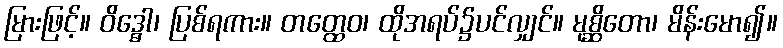
မြားဖြင့်။ ဝိဒ္ဓေါ၊ ပြစ်ရကား။ တတ္ထေဝ၊ ထိုအရပ်၌ပင်လျှင်။ မုစ္ဆိတော၊ မိန်းမော၍။